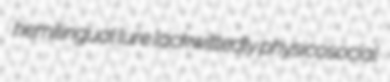
hemilingual lure lackwittedly physicosocial